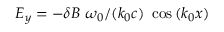
E _ { y } = - \delta B \ \omega _ { 0 } / ( k _ { 0 } c ) \ \cos { ( k _ { 0 } x ) }